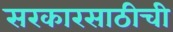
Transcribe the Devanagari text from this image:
सरकारसाठीची